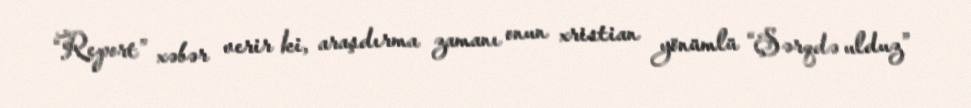
“Report” xəbər verir ki, araşdırma zamanı onun xristian yönümlü “Şərqdə ulduz”